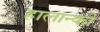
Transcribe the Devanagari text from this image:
हालान्की